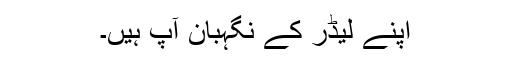
اپنے لیڈر کے نگہبان آپ ہیں۔